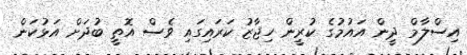
އިސްލާމް ދީން އައުމުގެ ކުރީން ހިޖާޒު ކަރައިގައި ވެސް އޮތީ ބުދަށް އަޅުކަން